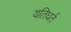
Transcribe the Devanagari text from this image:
यतिधर्त